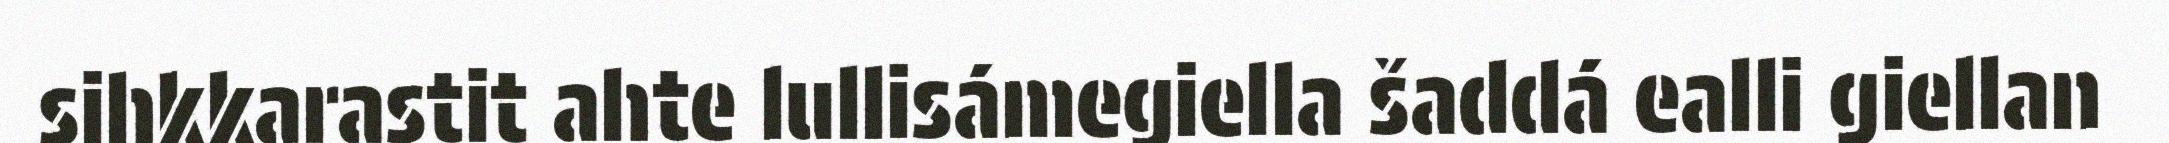
sihkkarastit ahte lullisámegiella šaddá ealli giellan